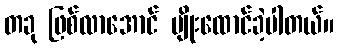
တခု ဖြစ်လာအောင် ပျိုးထောင်ခဲ့ပါတယ်။